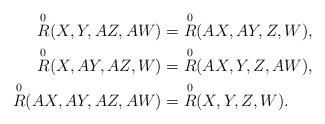
LaTeX: \begin{align*}\overset{0}{R} (X,Y,AZ,AW) & = \overset{0}{R} (AX,AY,Z,W), \\\overset{0}{R} (X,AY,AZ,W) & = \overset{0}{R} (AX,Y,Z,AW), \\\overset{0}{R} (AX,AY,AZ,AW) & = \overset{0}{R} (X,Y,Z,W). \end{align*}